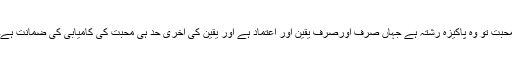
محبت تو وہ پاکیزہ رشتہ ہے جہاں صرف اورصرف یقین اور اعتماد ہے اور یقین کی آخری حد ہی محبت کی کامیابی کی ضمانت ہے۔